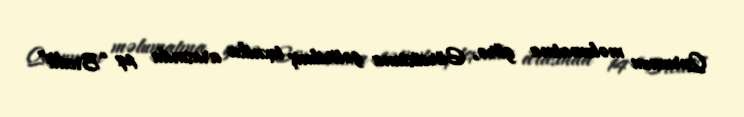
Qurumun məlumatına görə, Gürcüstana gətirilmiş texnika arasında 14 “Bredli”